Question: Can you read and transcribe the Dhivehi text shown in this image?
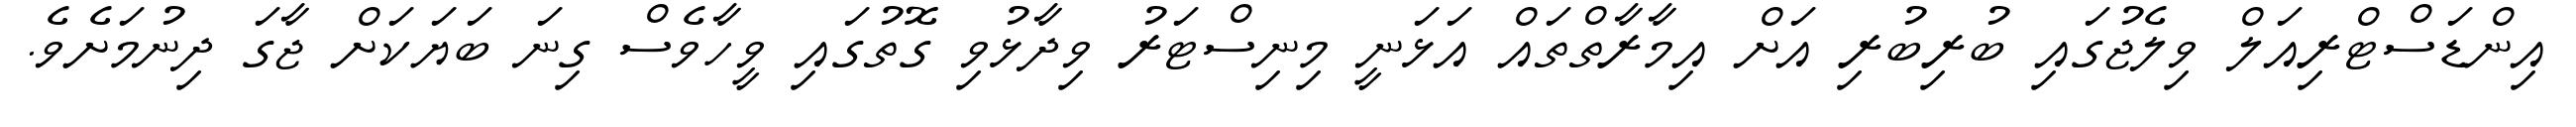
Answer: އިންޑަސްޓްރިއަލް ވިލެޖުގައި ބުރިބުރި އަށް އިމާރާތްތައް އަޅަނީ މިނިސްޓަރު ވިދާޅުވި ގޮތުގައި ވީހާވެސް ގިނަ ބަޔަކަށް ޖާގަ ދިނުމަށެވެ.